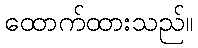
ထောက်ထားသည်။